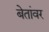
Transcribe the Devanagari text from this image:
बेतांवर